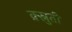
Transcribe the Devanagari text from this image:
क्र्स्नुती